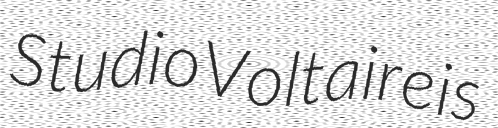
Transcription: Studio Voltaire is